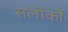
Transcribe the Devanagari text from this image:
सलोकों